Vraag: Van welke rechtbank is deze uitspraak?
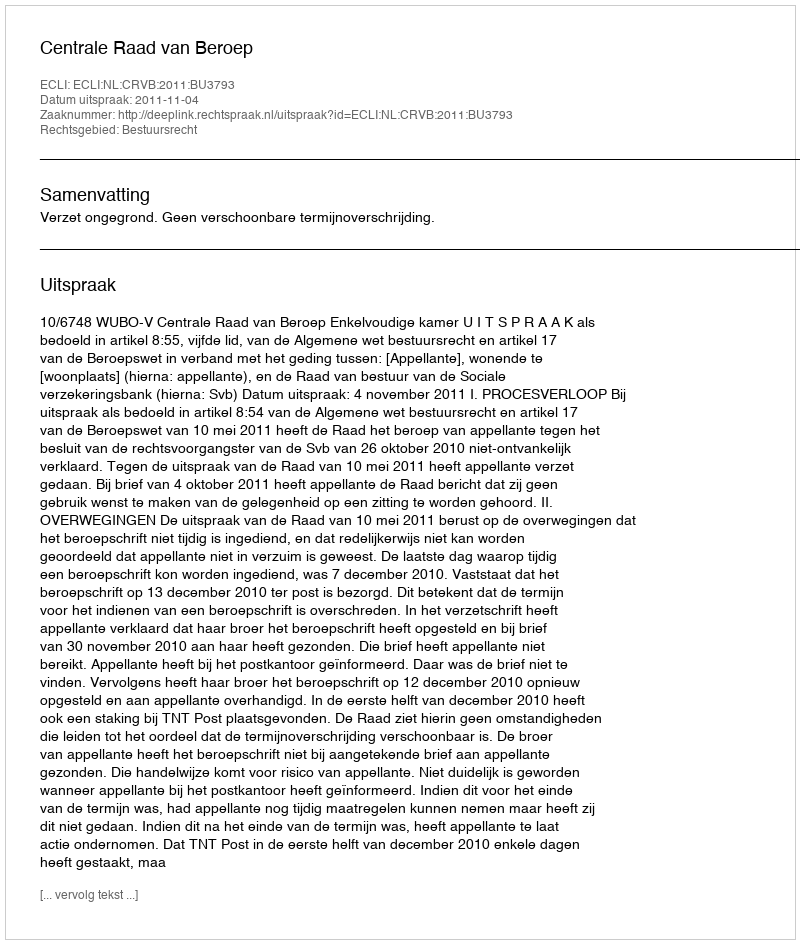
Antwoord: Centrale Raad van Beroep